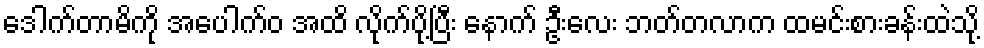
ဒေါက်တာမိကို အပေါက်ဝ အထိ လိုက်ပို့ပြီး နောက် ဦးလေး ဘတ်တလာက ထမင်းစားခန်းထဲသို့